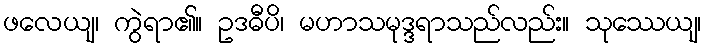
ဖလေယျ၊ ကွဲရာ၏။ ဥဒဓီပိ၊ မဟာသမုဒ္ဒရာသည်လည်း။ သုဿေယျ၊